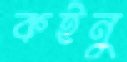
কইনু